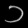
Digit: ၁